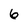
Character: 6